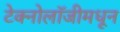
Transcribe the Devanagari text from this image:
टेक्नोलॉजीमधून